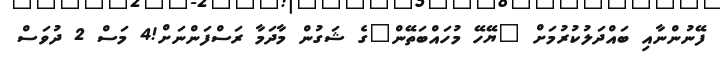
ފޭނުންނާއި ބައްދަލުކުރުމަށް "ޔޭހޭ މުހައްބަތޭން"ގެ ޝަގުން މާދަމާ ރަސްފަންނަށް!4 މަސް 2 ދުވަސް